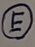
Text: E